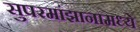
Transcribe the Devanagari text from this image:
सुपरमांझानामध्ये